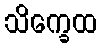
သိက္ခေထ